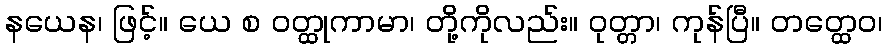
နယေန၊ ဖြင့်။ ယေ စ ဝတ္ထုကာမာ၊ တို့ကိုလည်း။ ဝုတ္တာ၊ ကုန်ပြီ။ တတ္ထေဝ၊